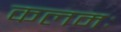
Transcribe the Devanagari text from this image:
कलमः